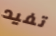
تفيد